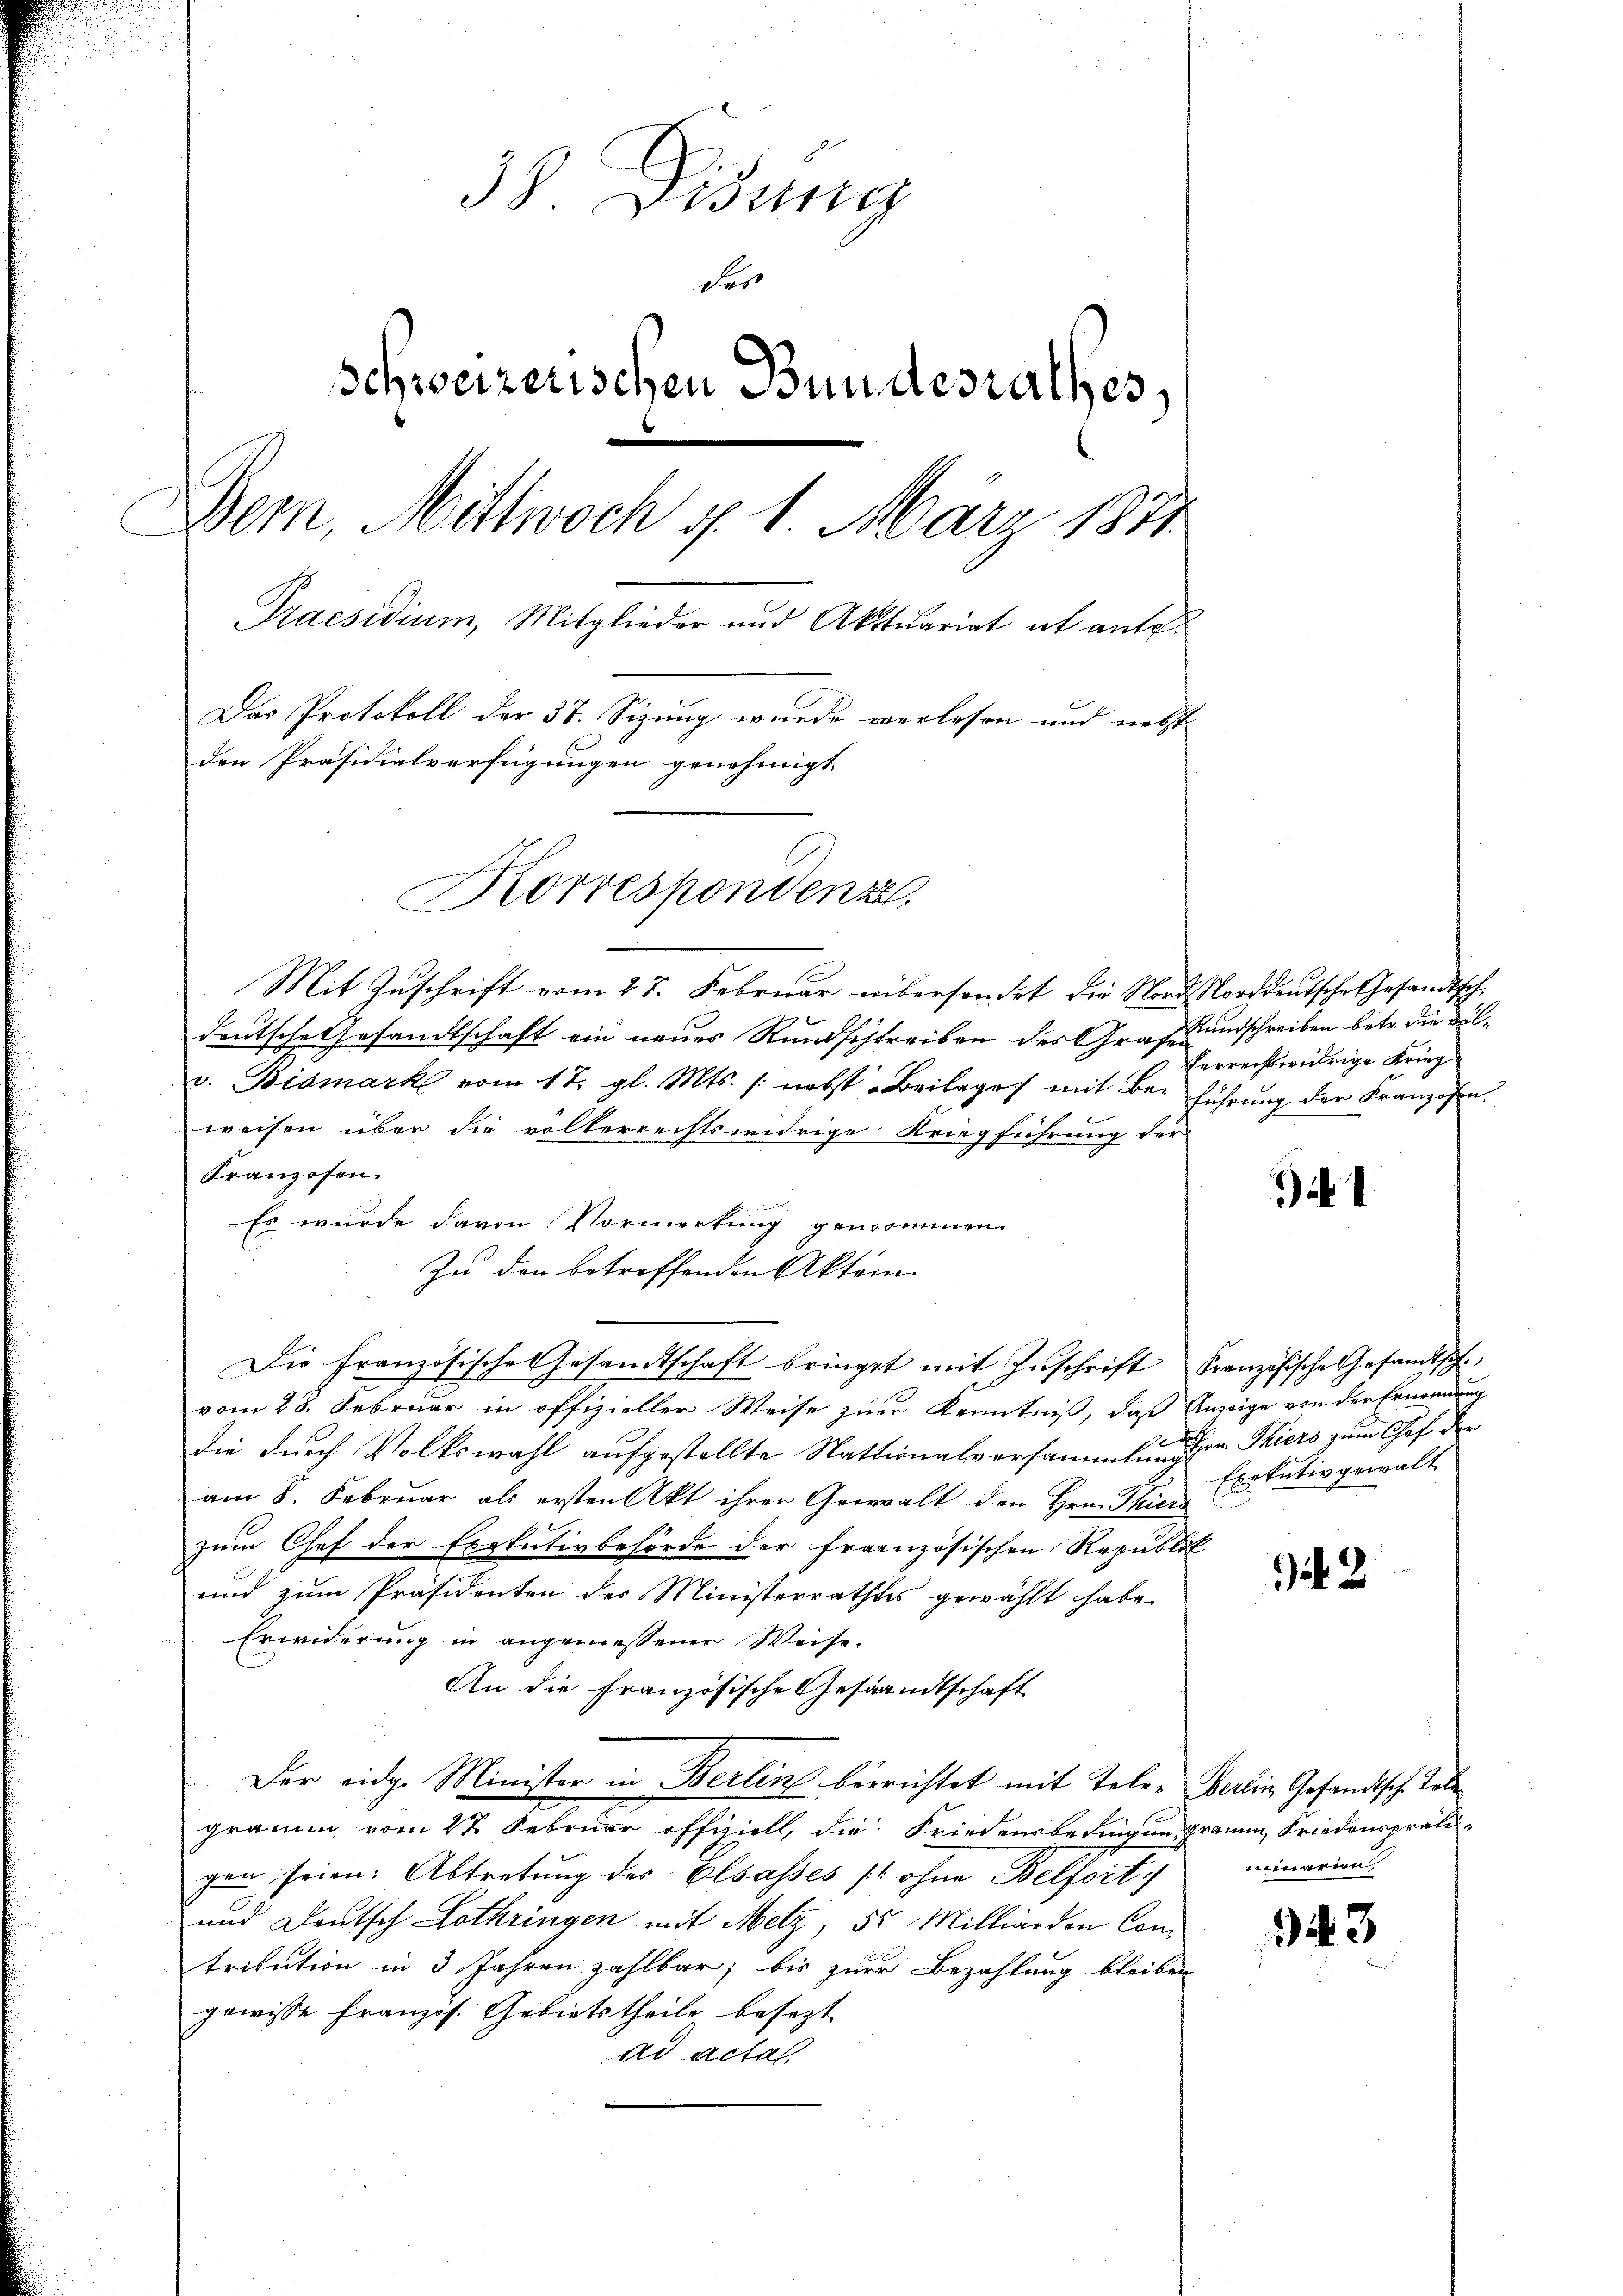
38. Disung
des
Schweizerischen Bundesrathes,
Dem, Mittwoch §. 1. März 1871
Praesidium, Mitglieder und Aktuariat et auto¬
Das Protokoll der 37. Sizung wurde verlesen und nebst
den Präsidialverfügungen genehmigt.
Korrespondenz

Mit Zuschrift vom 27. Februar abersendet die Nord Norddeutsche Gesandtsch¬
Deutsche Gesandtschaft ein neues Rundschreiben des Grafen
v. Bismark vom 17. gl. Mts. /: nebst Beilages mit Bei führung der Franzosen.
weisen über die volkerrechtswidrige Kriegführung der
Franzosen
Es wurde davon Vormerkung genommen.
Zu den betreffenden Akten.
Die Französische Gesandtschaft bringst mit Zuschrift Französische Gesandtsch
vom 28. Februar in offizieller Weise zur Kenntniß, daß Anzeige von der Ernennung
die durch Volkswahl aufgestellte Nationalversammlung der Thiers zum Chef der
am 8. Februar als ersten Akt ihrer Gewalt den Hrn. Thiers
zum Chef der Exekutivbehörde der französischen Republik
und zum Präsidenten des Ministerrathes gewählt habe.
Erwiderung in angemessener Weise.
An die Französische Gesandtschaft
Der eidg. Minister in Berlin berrichtet mit Tele. Berlin Gesandtsch Tobe
gramm vom 27 Februar offiziell, die Friedensbedingen gramm, Friedenspräligen seien. Abtretung des Elsasses / ohne Belfort minarian
und Deutsch Lothringen mit Metz, 55 Milliardon Con
tribution in 3 Jahren zahlbar; bis zur Bezahlung bleiben
gewisse Französ. Gebietstheile besezt
ad actat.

Rundschreiben betr. die Bilverrechtwidrige Krieg

)

Exekutivgewalt

N 2

343